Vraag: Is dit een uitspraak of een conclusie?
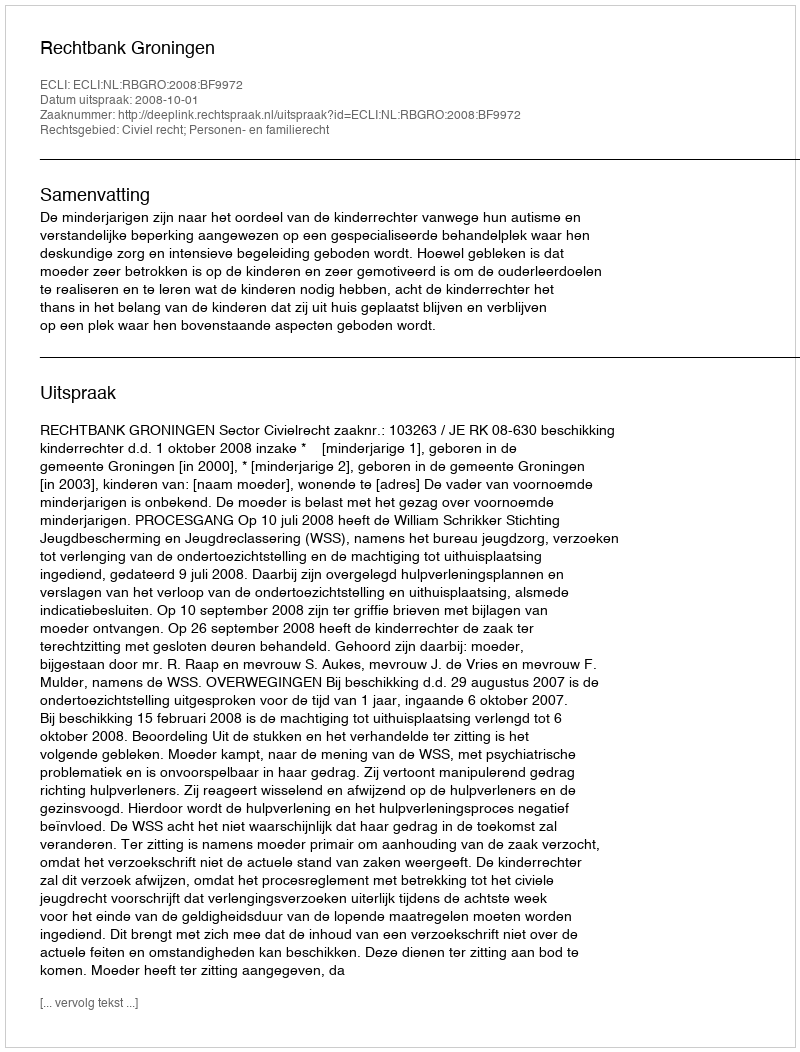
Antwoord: Uitspraak